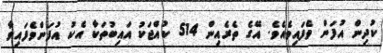
ކުދިން އުފަން ވެފައިވެއެވެ. އޭގެ ތެރެއިން 514 ކުއްޖަކު އައިބުތަކާ އެކު އުފަންވެފައިވާ